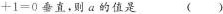
+1=0垂直，则a的值是( )